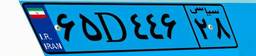
۶۵D۴۴۶۲۸